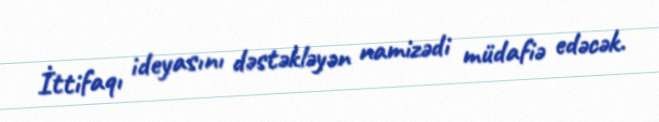
İttifaqı ideyasını dəstəkləyən namizədi müdafiə edəcək.